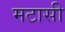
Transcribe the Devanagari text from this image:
मटासी